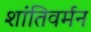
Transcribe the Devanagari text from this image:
शांतिवर्मन